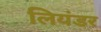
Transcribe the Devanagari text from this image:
लियंडर